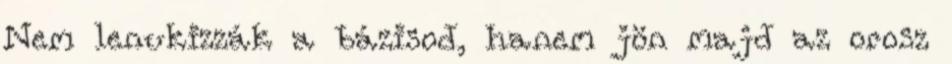
Nem lenukizzák a bázisod, hanem jön majd az orosz